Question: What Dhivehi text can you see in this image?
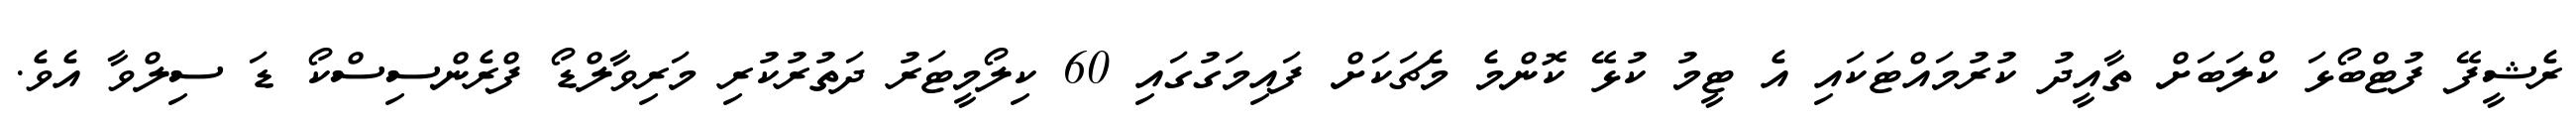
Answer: ރެޝީފޭ ފުޓްބޯޅަ ކްލަބަށް ތާއީދު ކުރުމައްޓަކައި އެ ޓީމު ކުޅޭ ކޮންމެ މެޗަކަށް ފައިމަގުގައި 60 ކިލޯމީޓަރު ދަތުރުކުރި މަރިވާލްޑޯ ފްރެންސިސްކޯ ޑަ ސިލްވާ އެވެ.